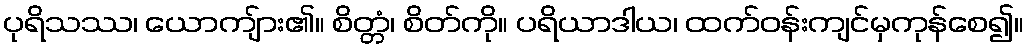
ပုရိသဿ၊ ယောကျ်ား၏။ စိတ္တံ၊ စိတ်ကို။ ပရိယာဒါယ၊ ထက်ဝန်းကျင်မှကုန်စေ၍။